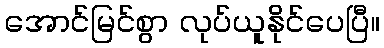
အောင်မြင်စွာ လုပ်ယူနိုင်ပေပြီ။